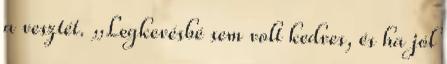
a vesztét. „Legkevésbé sem volt kedves, és ha jól